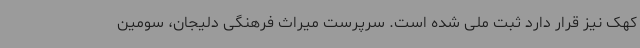
کهک نیز قرار دارد ثبت ملی شده است. سرپرست میراث فرهنگی دلیجان، سومین